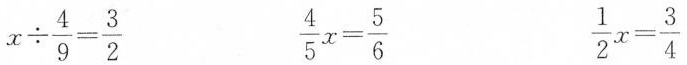
$$x \div \frac{4}{9}= \frac{3}{2}$$ $$\frac{4}{5}x= \frac{5}{6}$$ $$\frac{1}{2}x= \frac{3}{4}$$